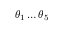
\theta _ { 1 } \dots \theta _ { 5 }